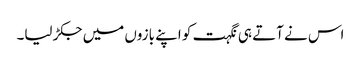
اس نے آتے ہی نگہت کو اپنے بازوں میں جکڑ لیا۔